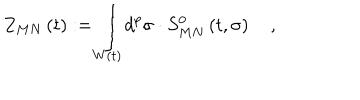
Z _ { M N } \left( t \right) : = \int _ { W \left( t \right) } d ^ { p } \sigma \cdot S _ { M N } ^ { 0 } \left( t , \sigma \right) \quad ,